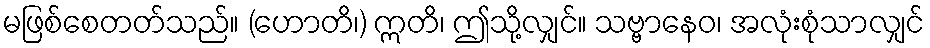
မဖြစ်စေတတ်သည်။ (ဟောတိ၊) ဣတိ၊ ဤသို့လျှင်။ သဗ္ဗာနေဝ၊ အလုံးစုံသာလျှင်